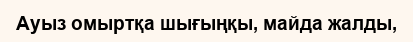
Ауыз омыртқа шығыңқы, майда жалды,